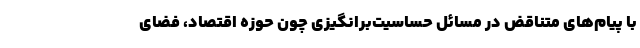
با پیام‌های متناقض‌ در مسائل حساسیت‌برانگیزی چون حوزه اقتصاد، فضای